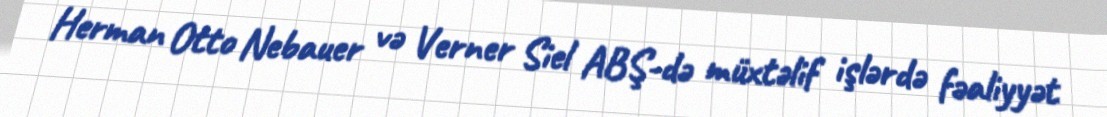
Herman Otto Nebauer və Verner Siel ABŞ-də müxtəlif işlərdə fəaliyyət